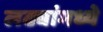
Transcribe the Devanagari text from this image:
लढ्यांमध्ये